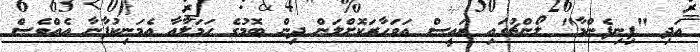
އަދި "ފިނިފެންމާ" ލޯންޗުގައި ރައީސް އަވަހާރަކޮށްލަން ދިން ބޮމުގެ ހަަމަލާއާ އެމަނިކުފާނާ އެއްވެސް